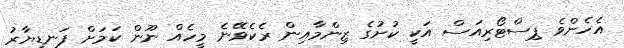
އެހެންވެ ޕިސްޓޯރިއަސް އަކީ ކުށުގެ ޒިންމާއިން ރެކެވޭނެ މީހެއް ނޫން ކަމަށް ފަނޑިޔާރު